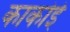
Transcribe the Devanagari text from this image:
काकोई